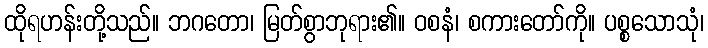
ထိုရဟန်းတို့သည်။ ဘဂတော၊ မြတ်စွာဘုရား၏။ ဝစနံ၊ စကားတော်ကို။ ပစ္စသောသုံ၊